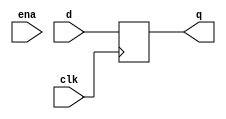
module D_reg_8

#(
	parameter WIDTH = 8
)

(
input ena,
input clk,
input [WIDTH - 1 : 0] d,
output reg [WIDTH - 1 : 0] q
);

always @ (posedge clk)
//if (ena)
	q <= d;
 
endmodule